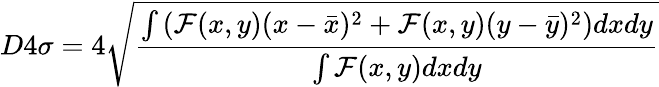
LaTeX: D4\sigma=4\sqrt{\frac{\int\left(\mathcal{F}(x,y)(x-\bar{x})^{2}+\mathcal{F}(x,y)(y-\bar{y})^{2}\right)dxdy}{\int\mathcal{F}(x,y)dxdy}}